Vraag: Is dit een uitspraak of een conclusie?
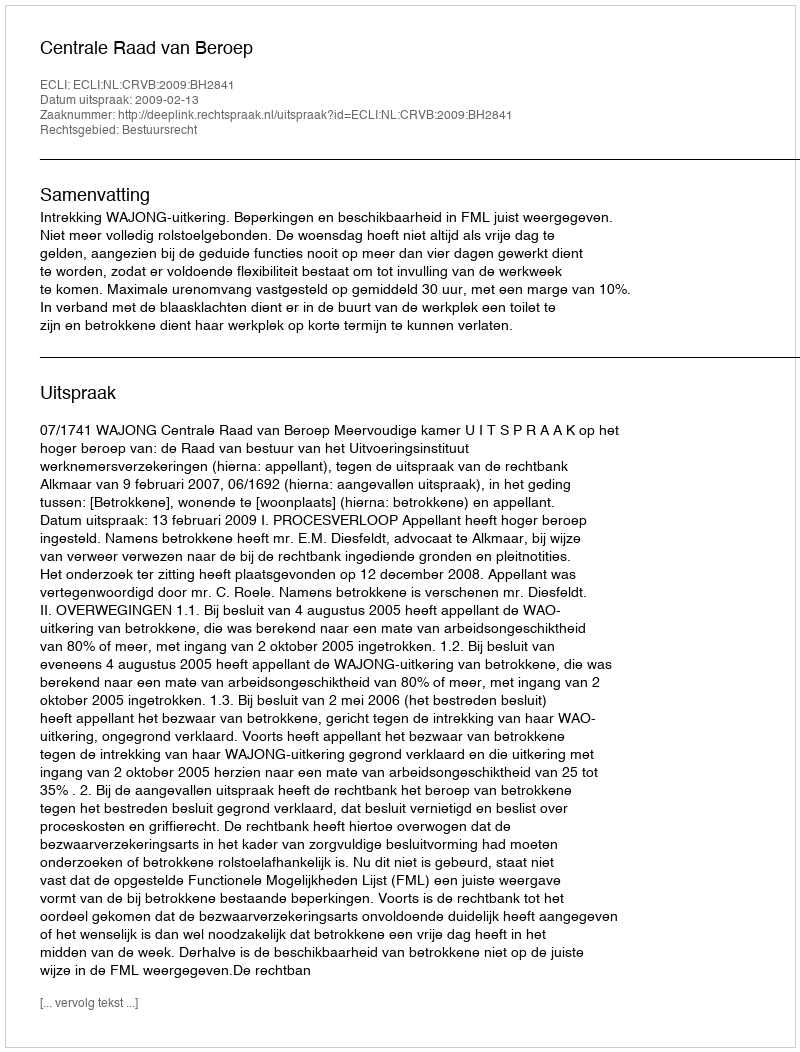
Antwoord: Uitspraak